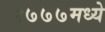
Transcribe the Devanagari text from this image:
१७७७मध्ये